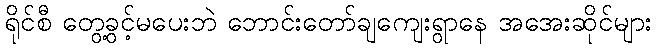
ရိုင်စီ တွေ့ခွင့်မပေးဘဲ ဘောင်းတော်ချကျေးရွာနေ အအေးဆိုင်များ